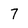
Character: 7